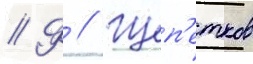
// Ф // Щеп'етков